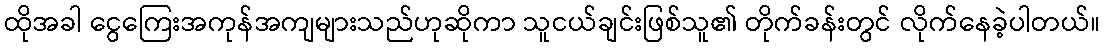
ထိုအခါ ငွေကြေးအကုန်အကျများသည်ဟုဆိုကာ သူငယ်ချင်းဖြစ်သူ၏ တိုက်ခန်းတွင် လိုက်နေခဲ့ပါတယ်။